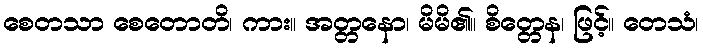
စေတသာ စေတောတိ၊ ကား။ အတ္တနော၊ မိမိ၏။ စိတ္တေန၊ ဖြင့်။ တေသံ၊